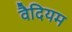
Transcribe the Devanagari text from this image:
वैदियम